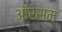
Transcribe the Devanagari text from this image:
ऑरेसम